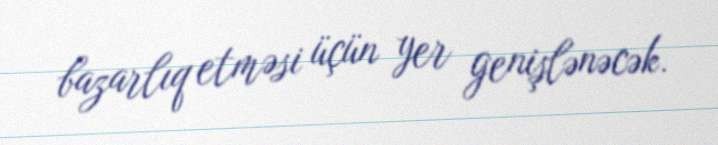
bazarlıq etməsi üçün yer genişlənəcək.